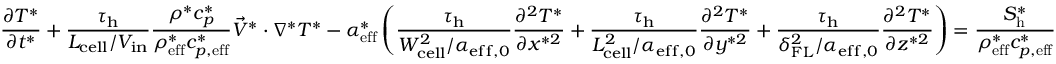
\frac { \partial T ^ { * } } { \partial t ^ { * } } + \boldsymbol { \frac { \tau _ { \mathrm { h } } } { L _ { \mathrm { c e l l } } / V _ { \mathrm { i n } } } } \frac { \rho ^ { * } c _ { p } ^ { * } } { \rho _ { \mathrm { e f f } } ^ { * } c _ { p , \mathrm { e f f } } ^ { * } } \vec { V } ^ { * } \cdot \nabla ^ { * } T ^ { * } - \alpha _ { \mathrm { { e f f } } } ^ { * } \left( \boldsymbol { \frac { \tau _ { \mathrm { h } } } { W _ { \mathrm { c e l l } } ^ { 2 } / \alpha _ { \mathrm { { e f f , 0 } } } } } \frac { \partial ^ { 2 } T ^ { * } } { \partial x ^ { * 2 } } + \boldsymbol { \frac { \tau _ { \mathrm { h } } } { L _ { \mathrm { c e l l } } ^ { 2 } / \alpha _ { \mathrm { e f f , 0 } } } } \frac { \partial ^ { 2 } T ^ { * } } { \partial y ^ { * 2 } } + \boldsymbol { \frac { \tau _ { \mathrm { h } } } { \delta _ { \mathrm { F L } } ^ { 2 } / \alpha _ { \mathrm { { e f f , 0 } } } } } \frac { \partial ^ { 2 } T ^ { * } } { \partial z ^ { * 2 } } \right) = \frac { S _ { \mathrm { h } } ^ { * } } { \rho _ { \mathrm { { e f f } } } ^ { * } c _ { p , \mathrm { e f f } } ^ { * } }